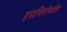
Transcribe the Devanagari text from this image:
इपामिनॉनडॉस